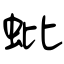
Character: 蚍